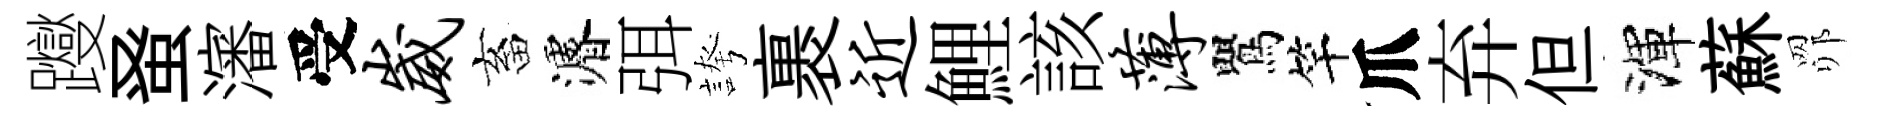
躞𫊫瀋受崴畜濬弭誇裹近鯉該薄鸎竿爪弃但渾蘇𦊑